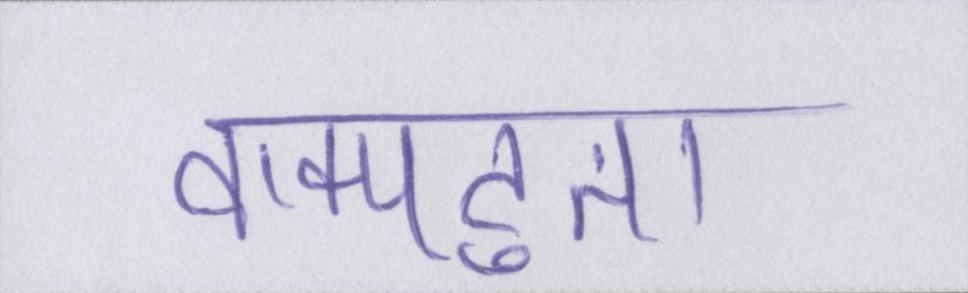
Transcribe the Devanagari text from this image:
वाक्पटुता